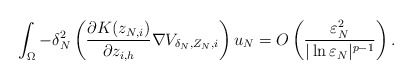
\begin{align*}\int_{\Omega}-\delta_N^2\left( \frac{\partial K(z_{N,i})}{\partial z_{i,h}}\nabla V_{\delta_N, Z_N,i}\right) u_N=O\left( \frac{\varepsilon_N^2}{|\ln\varepsilon_N|^{p-1}}\right).\end{align*}